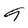
Character: 9